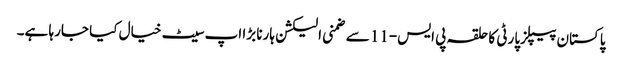
پاکستان پیپلزپارٹی کا حلقہ پی ایس-11 سے ضمنی الیکشن ہارنا بڑا اپ سیٹ خیال کیا جارہا ہے۔